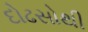
દોઢસોથી